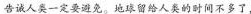
告诫人类一定要避免。地球留给人类的时间不多了，